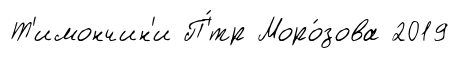
Т'имончин'и П'́тр Моро́зова 2019